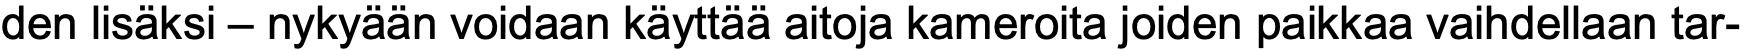
den lisäksi – nykyään voidaan käyttää aitoja kameroita joiden paikkaa vaihdellaan tar-